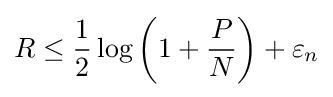
R\leq {\frac {1}{2}}\log \left(1+{\frac {P}{N}}\right)+\varepsilon _{n}